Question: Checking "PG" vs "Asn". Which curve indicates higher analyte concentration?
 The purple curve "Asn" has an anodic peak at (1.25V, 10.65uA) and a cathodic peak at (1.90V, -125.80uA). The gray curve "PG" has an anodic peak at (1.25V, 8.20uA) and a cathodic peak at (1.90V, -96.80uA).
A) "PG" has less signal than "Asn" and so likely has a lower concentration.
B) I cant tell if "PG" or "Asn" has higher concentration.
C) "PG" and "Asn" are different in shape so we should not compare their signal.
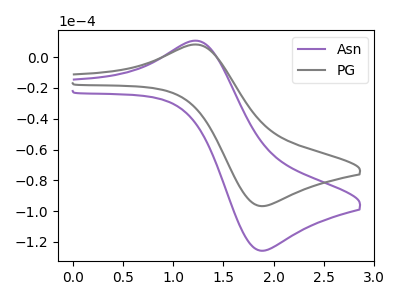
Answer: <think>All the peaks in "PG" have a peak in "Asn" at the same potential. Every peak in "PG" is lower than every peak in "Asn".
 </think>
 <answer>A) "PG" has less signal than "Asn" and so likely has a lower concentration.</answer>
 <eval>A</eval>